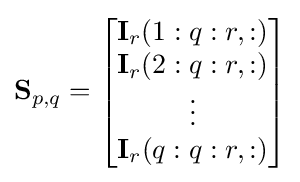
\mathbf {S} _{p,q}={\begin{bmatrix}\mathbf {I} _{r}(1:q:r,:)\\\mathbf {I} _{r}(2:q:r,:)\\\vdots \\\mathbf {I} _{r}(q:q:r,:)\end{bmatrix}}